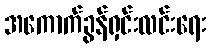
အကောက်ခွန်ရှင်းလင်းရေး